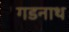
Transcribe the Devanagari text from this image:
गडनाथ